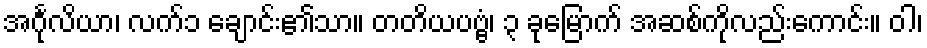
အင်္ဂုလိယာ၊ လက်၁ ချောင်း၏သာ။ တတိယပဗ္ဗံ၊ ၃ ခုမြောက် အဆစ်ကိုလည်းကောင်း။ ဝါ၊